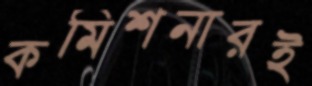
কমিশনারই